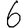
Digit: 6